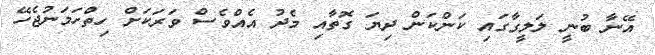
އޭނާ ބުނީ ލަލީގާގައި ކަންކަން ދިޔަ ގޮތާއި މެދު އެއްވެސް ވަރަކަށް ހިތްހަމަނުޖެހޭ